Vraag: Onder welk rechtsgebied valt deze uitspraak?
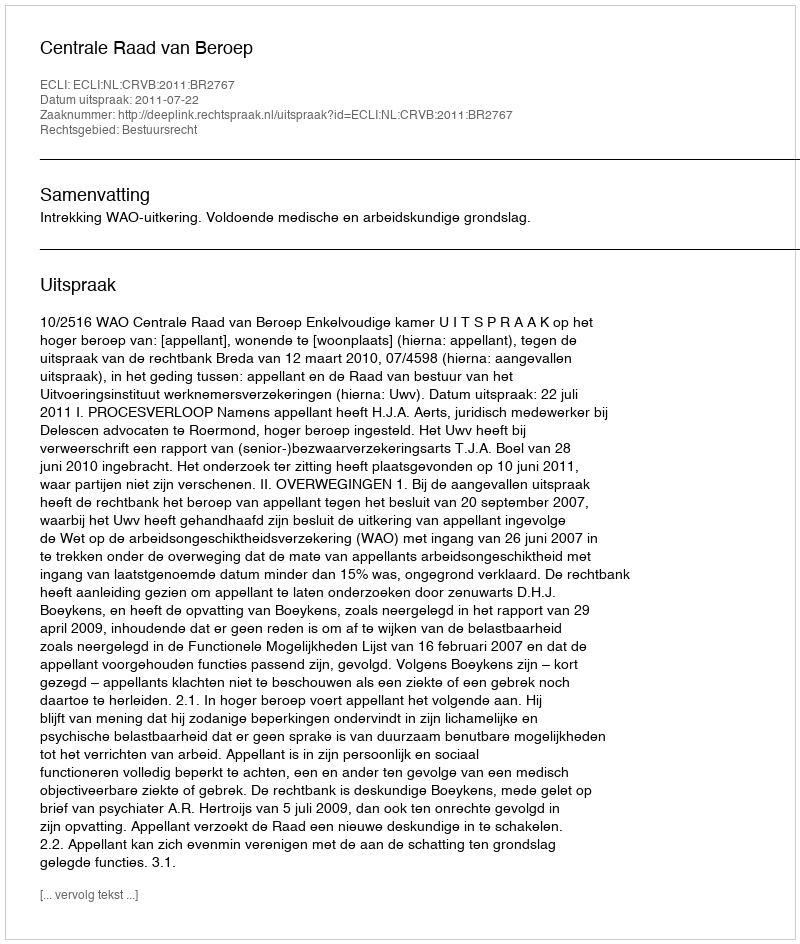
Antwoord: Bestuursrecht